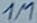
Text: 1M